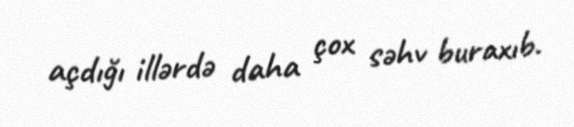
açdığı illərdə daha çox səhv buraxıb.